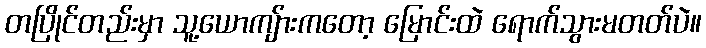
တပြိုင်တည်းမှာ သူ့ယောကျ်ားကတော့ မြောင်းထဲ ရောက်သွားမတတ်ပဲ။